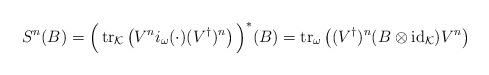
LaTeX: \begin{align*}S^n(B) = \Big(\operatorname{tr}_{\mathcal K}\left( V^n i_\omega(\cdot) (V^\dagger)^n \right)\Big)^*(B)=\operatorname{tr}_\omega\left( (V^\dagger)^n(B\otimes\operatorname{id}_{\mathcal K})V^n \right)\end{align*}